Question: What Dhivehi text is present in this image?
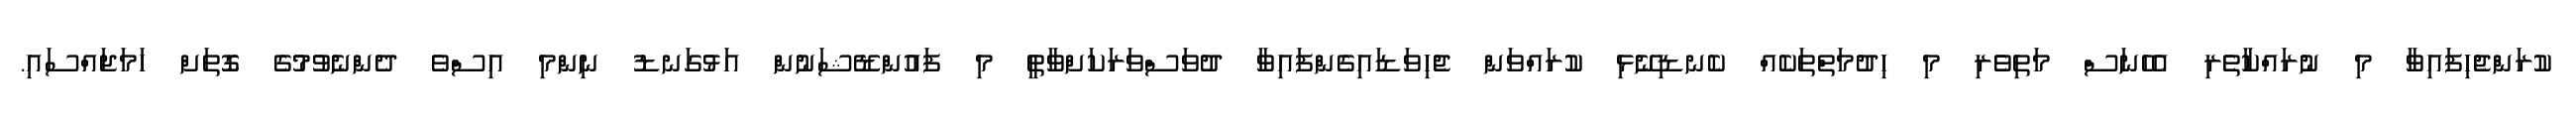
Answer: ކުރަންޖެހިފައިވާ މި ނުރައްކާތެރި އެހެނަސް މަތިވެރި މި ހިދުމަތްތަކެއް ކެނޑިނޭޅި ކުރައްވަން ޖެހިވަޑައިގެންފައިވާ ދުވަސްވަރަކަށްވާތީ މި ފައުންޑޭޝަނުން އަޅުގަނޑު ނިންމި އިސްވެ ދެންނެވުމުގެ ގޮތަށް ހަމަޖައްސައި.